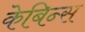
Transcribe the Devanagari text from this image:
केबिन्स